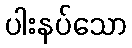
ပါးနပ်သော